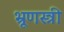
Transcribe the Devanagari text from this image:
भ्रूणस्त्री